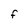
Character: F